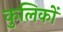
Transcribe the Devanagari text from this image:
कुलिकों